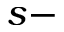
s -